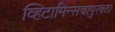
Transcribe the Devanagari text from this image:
व्हिटामिन्सचापुरवठा